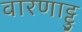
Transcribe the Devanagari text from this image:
वारणाट्टु